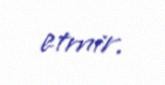
etmir.